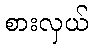
စားလှယ်